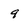
Character: 9